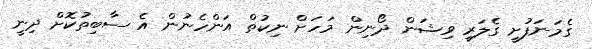
ގެމަނަފުށީ ގެލަރީ ވިޝަން ދޯނިން މަހަށް ނިކުތް އަންހެނުން އެ ސާބިތުކޮށް ދިނީ